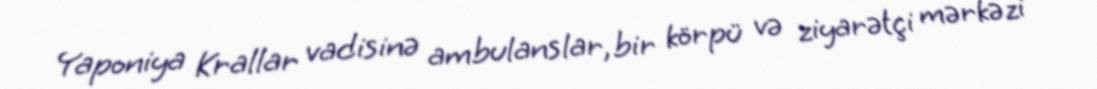
Yaponiya Krallar vadisinə ambulanslar, bir körpü və ziyarətçi mərkəzi